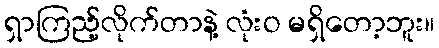
ရှာကြည့်လိုက်တာနဲ့ လုံးဝ မရှိတော့ဘူး။